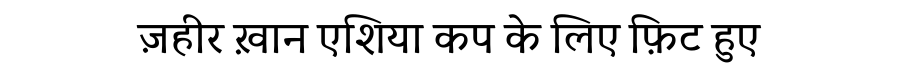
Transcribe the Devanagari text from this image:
ज़हीर ख़ान एशिया कप के लिए फ़िट हुए